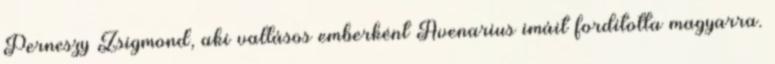
Perneszy Zsigmond, aki vallásos emberként Avenarius imáit fordította magyarra.